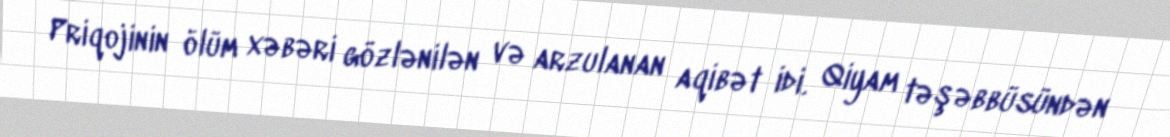
Priqojinin ölüm xəbəri gözlənilən və arzulanan aqibət idi. Qiyam təşəbbüsündən